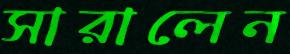
সারালেন